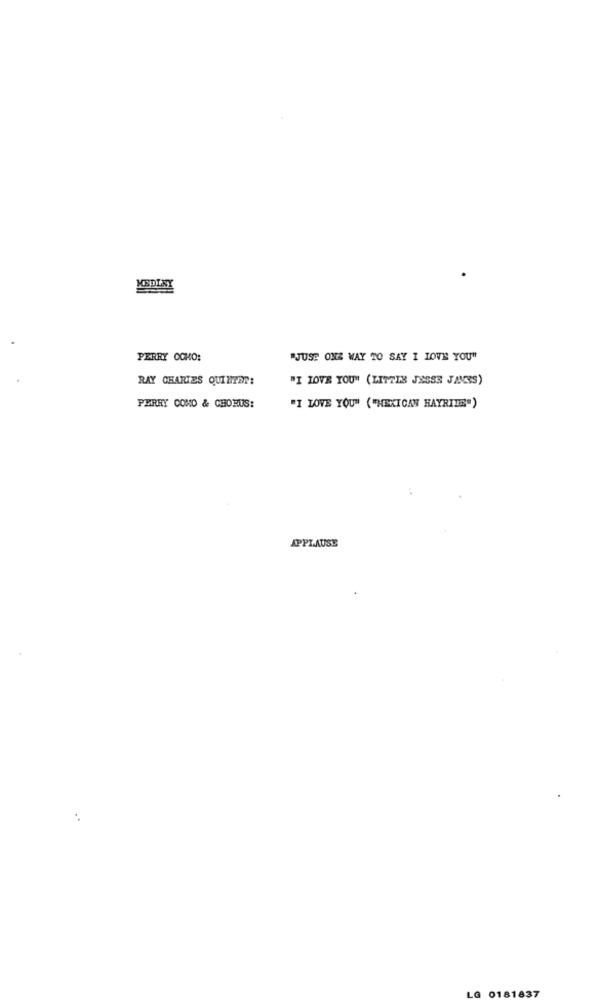
MEDINY
PERRY COMO:
"JUSE ONE WAY TO SAY I LOVE YOU"
RAY CHARLES QUINZER:
"I LOVE YOU" (LITZER JESSE JANSS)
PERRY COMO & CHORUS:
"I LOVE YOU" ("MEXICAN HAYRIDE")
APPLAUSE
LG
0181837